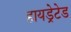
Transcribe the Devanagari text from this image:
हायड्रेटेड